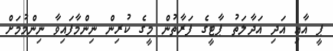
ޕީ އާއި އަދި އަދާލަތު ޕާޓީގެ ފަރާތުން މީގެ ކުރިން ނިންމާފައިވާ ނިންމުމަށް